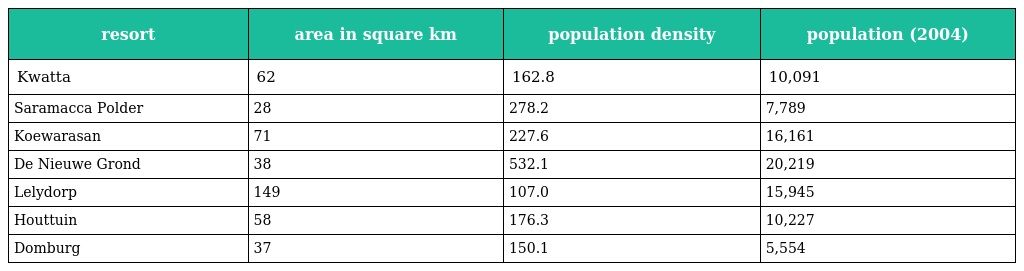
| resort | area in square km | population density | population (2004) |
 | --- | --- | --- | --- |
 | Kwatta | 62 | 162.8 | 10,091 |
 | Saramacca Polder | 28 | 278.2 | 7,789 |
 | Koewarasan | 71 | 227.6 | 16,161 |
 | De Nieuwe Grond | 38 | 532.1 | 20,219 |
 | Lelydorp | 149 | 107.0 | 15,945 |
 | Houttuin | 58 | 176.3 | 10,227 |
 | Domburg | 37 | 150.1 | 5,554 |